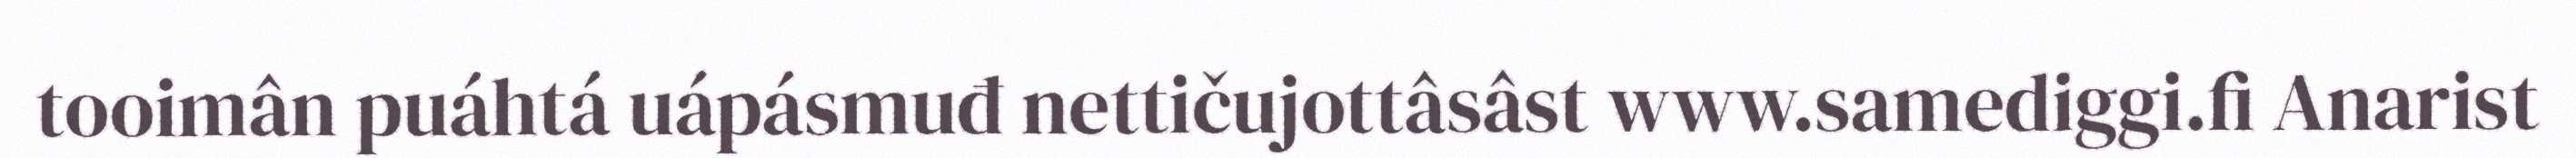
tooimân puáhtá uápásmuđ nettičujottâsâst www.samediggi.fi Anarist